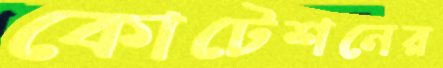
কোটেশনের